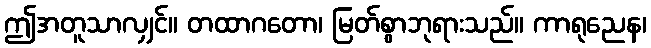
ဤအတူသာလျှင်။ တထာဂတော၊ မြတ်စွာဘုရားသည်။ ကာရုညေန၊